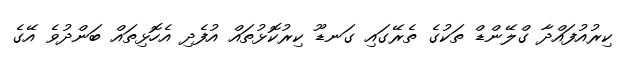
ކިރުއުފައްދާ ގްލޭންޑް ތަކުގެ ތެރޭގައި ގަނޑޫ ކިރުކޮޅުތައް އުފެދި އެހޮޅިތައް ބަންދުވެ އޭގެ